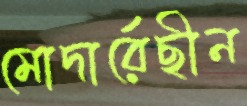
মোদার্রেছীন